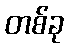
တစ်ခု